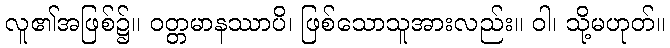
လူ၏အဖြစ်၌။ ဝတ္တမာနဿာပိ၊ ဖြစ်သောသူအားလည်း။ ဝါ၊ သို့မဟုတ်။